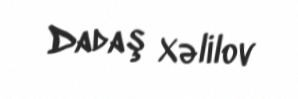
Dadaş Xəlilov